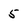
Character: 5